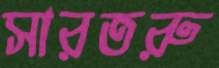
সারতরু